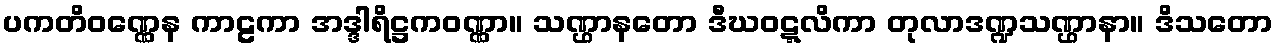
ပကတိဝဏ္ဏေန ကာဠကာ အဒ္ဒါရိဋ္ဌကဝဏ္ဏာ။ သဏ္ဌာနတော ဒီဃဝဋ္ဋလိကာ တုလာဒဏ္ဍသဏ္ဌာနာ။ ဒိသတော